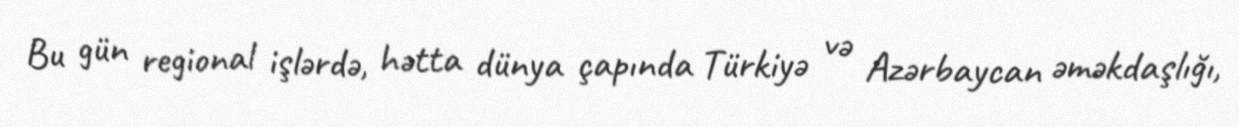
Bu gün regional işlərdə, hətta dünya çapında Türkiyə və Azərbaycan əməkdaşlığı,